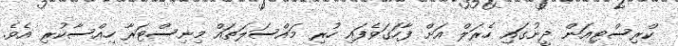
ކްރިސްޓިއަން ދީނުގައި ހެރަލް އަށް ފާހަގަވެފައި ހުރި މައްސަލަތައް މިނިސްޓަރާ ހިއްސާކުރި އެވެ.